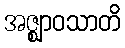
အဇ္ဈာဝသာတိ